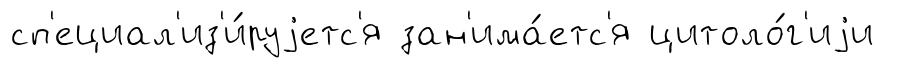
сп'ециал'из'и́руjетс'я зан'има́етс'я цитоло́г'иjи